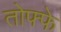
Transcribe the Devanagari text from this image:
तोफ्फे